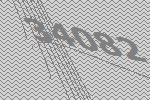
34082